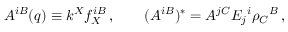
A ^ { i B } ( q ) \equiv k ^ { X } f _ { X } ^ { i B } \, , \qquad ( A ^ { i B } ) ^ { * } = A ^ { j C } E _ { j } { } ^ { i } \rho _ { C } { } ^ { B } \, ,